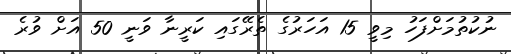
ނުކުތުމަށްފަހު މިވީ 15 އަހަރުގެ ތެރޭގައި ކަރީނާ ވަނީ 50 އަށް ވުރެ